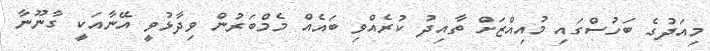
މިއަދުގެ ބަހުސްގައި މުއިއްޒަށް ތާއިދު ކުރެއްވި ބައެއް މެމްބަރުން ވިދާޅުވީ އޭނާއަކީ ގާނޫނާ